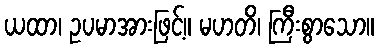
ယထာ၊ ဥပမာအားဖြင့်။ မဟတိ၊ ကြီးစွာသော။